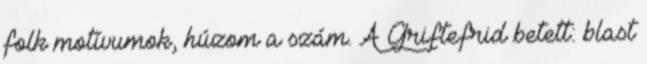
folk motívumok, húzom a szám. A Griftefrid betett: blast